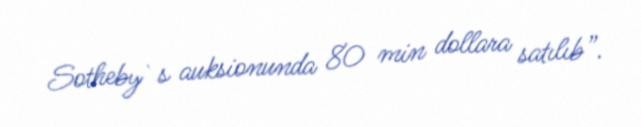
Sotheby`s auksionunda 80 min dollara satılıb”.